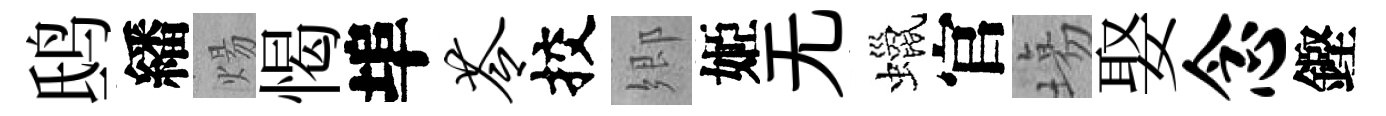
鸱繙煬愒埠苓挍郷姬无蠟官塲娶念鏗